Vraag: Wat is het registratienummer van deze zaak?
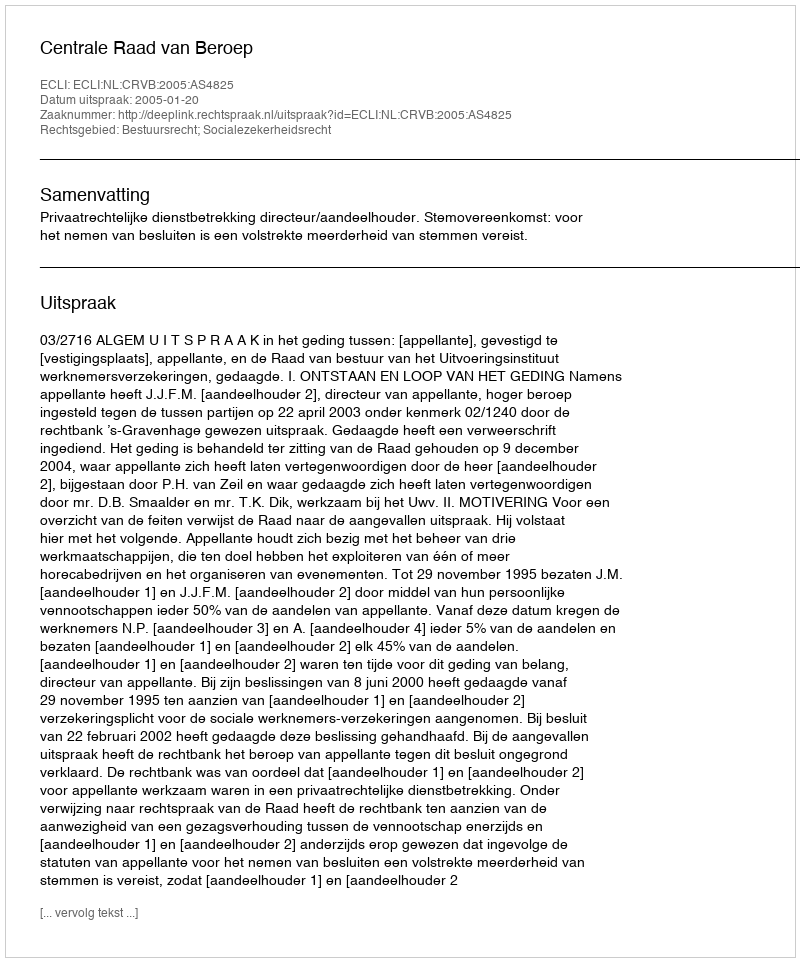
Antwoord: http://deeplink.rechtspraak.nl/uitspraak?id=ECLI:NL:CRVB:2005:AS4825